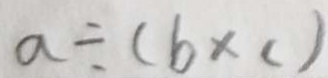
a \div ( b \times c )